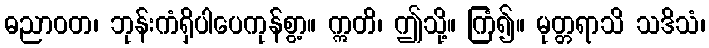
ဓညာဝတ၊ ဘုန်းကံရှိပါပေကုန်စွာ့။ ဣတိ၊ ဤသို့။ ကြံ၍။ မုတ္တရာသိ သဒိသံ၊